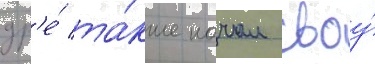
др'е́ та́кже начал своу́